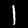
Digit: 1